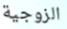
الزوجية